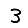
Digit: 3